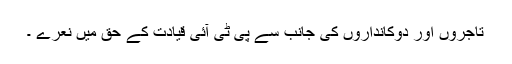
تاجروں اور دوکانداروں کی جانب سے پی ٹی آئی قیادت کے حق میں نعرے ۔